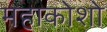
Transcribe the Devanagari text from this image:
महाकोशो